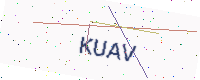
Text: KUAV